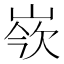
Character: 𡸛